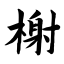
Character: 榭